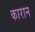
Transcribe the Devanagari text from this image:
कारान